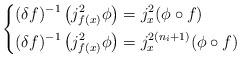
LaTeX: \begin{align*}\left \{\begin{aligned}\mathcal (\delta f)^{-1}\left(j^2_{f(x)}\phi\right) &= j^2_x(\phi \circ f) & \\\mathcal (\delta f)^{-1}\left(j^2_{f(x)}\phi\right) &= j^{2(n_i+1)}_x(\phi \circ f) &\end{aligned}\right.\end{align*}